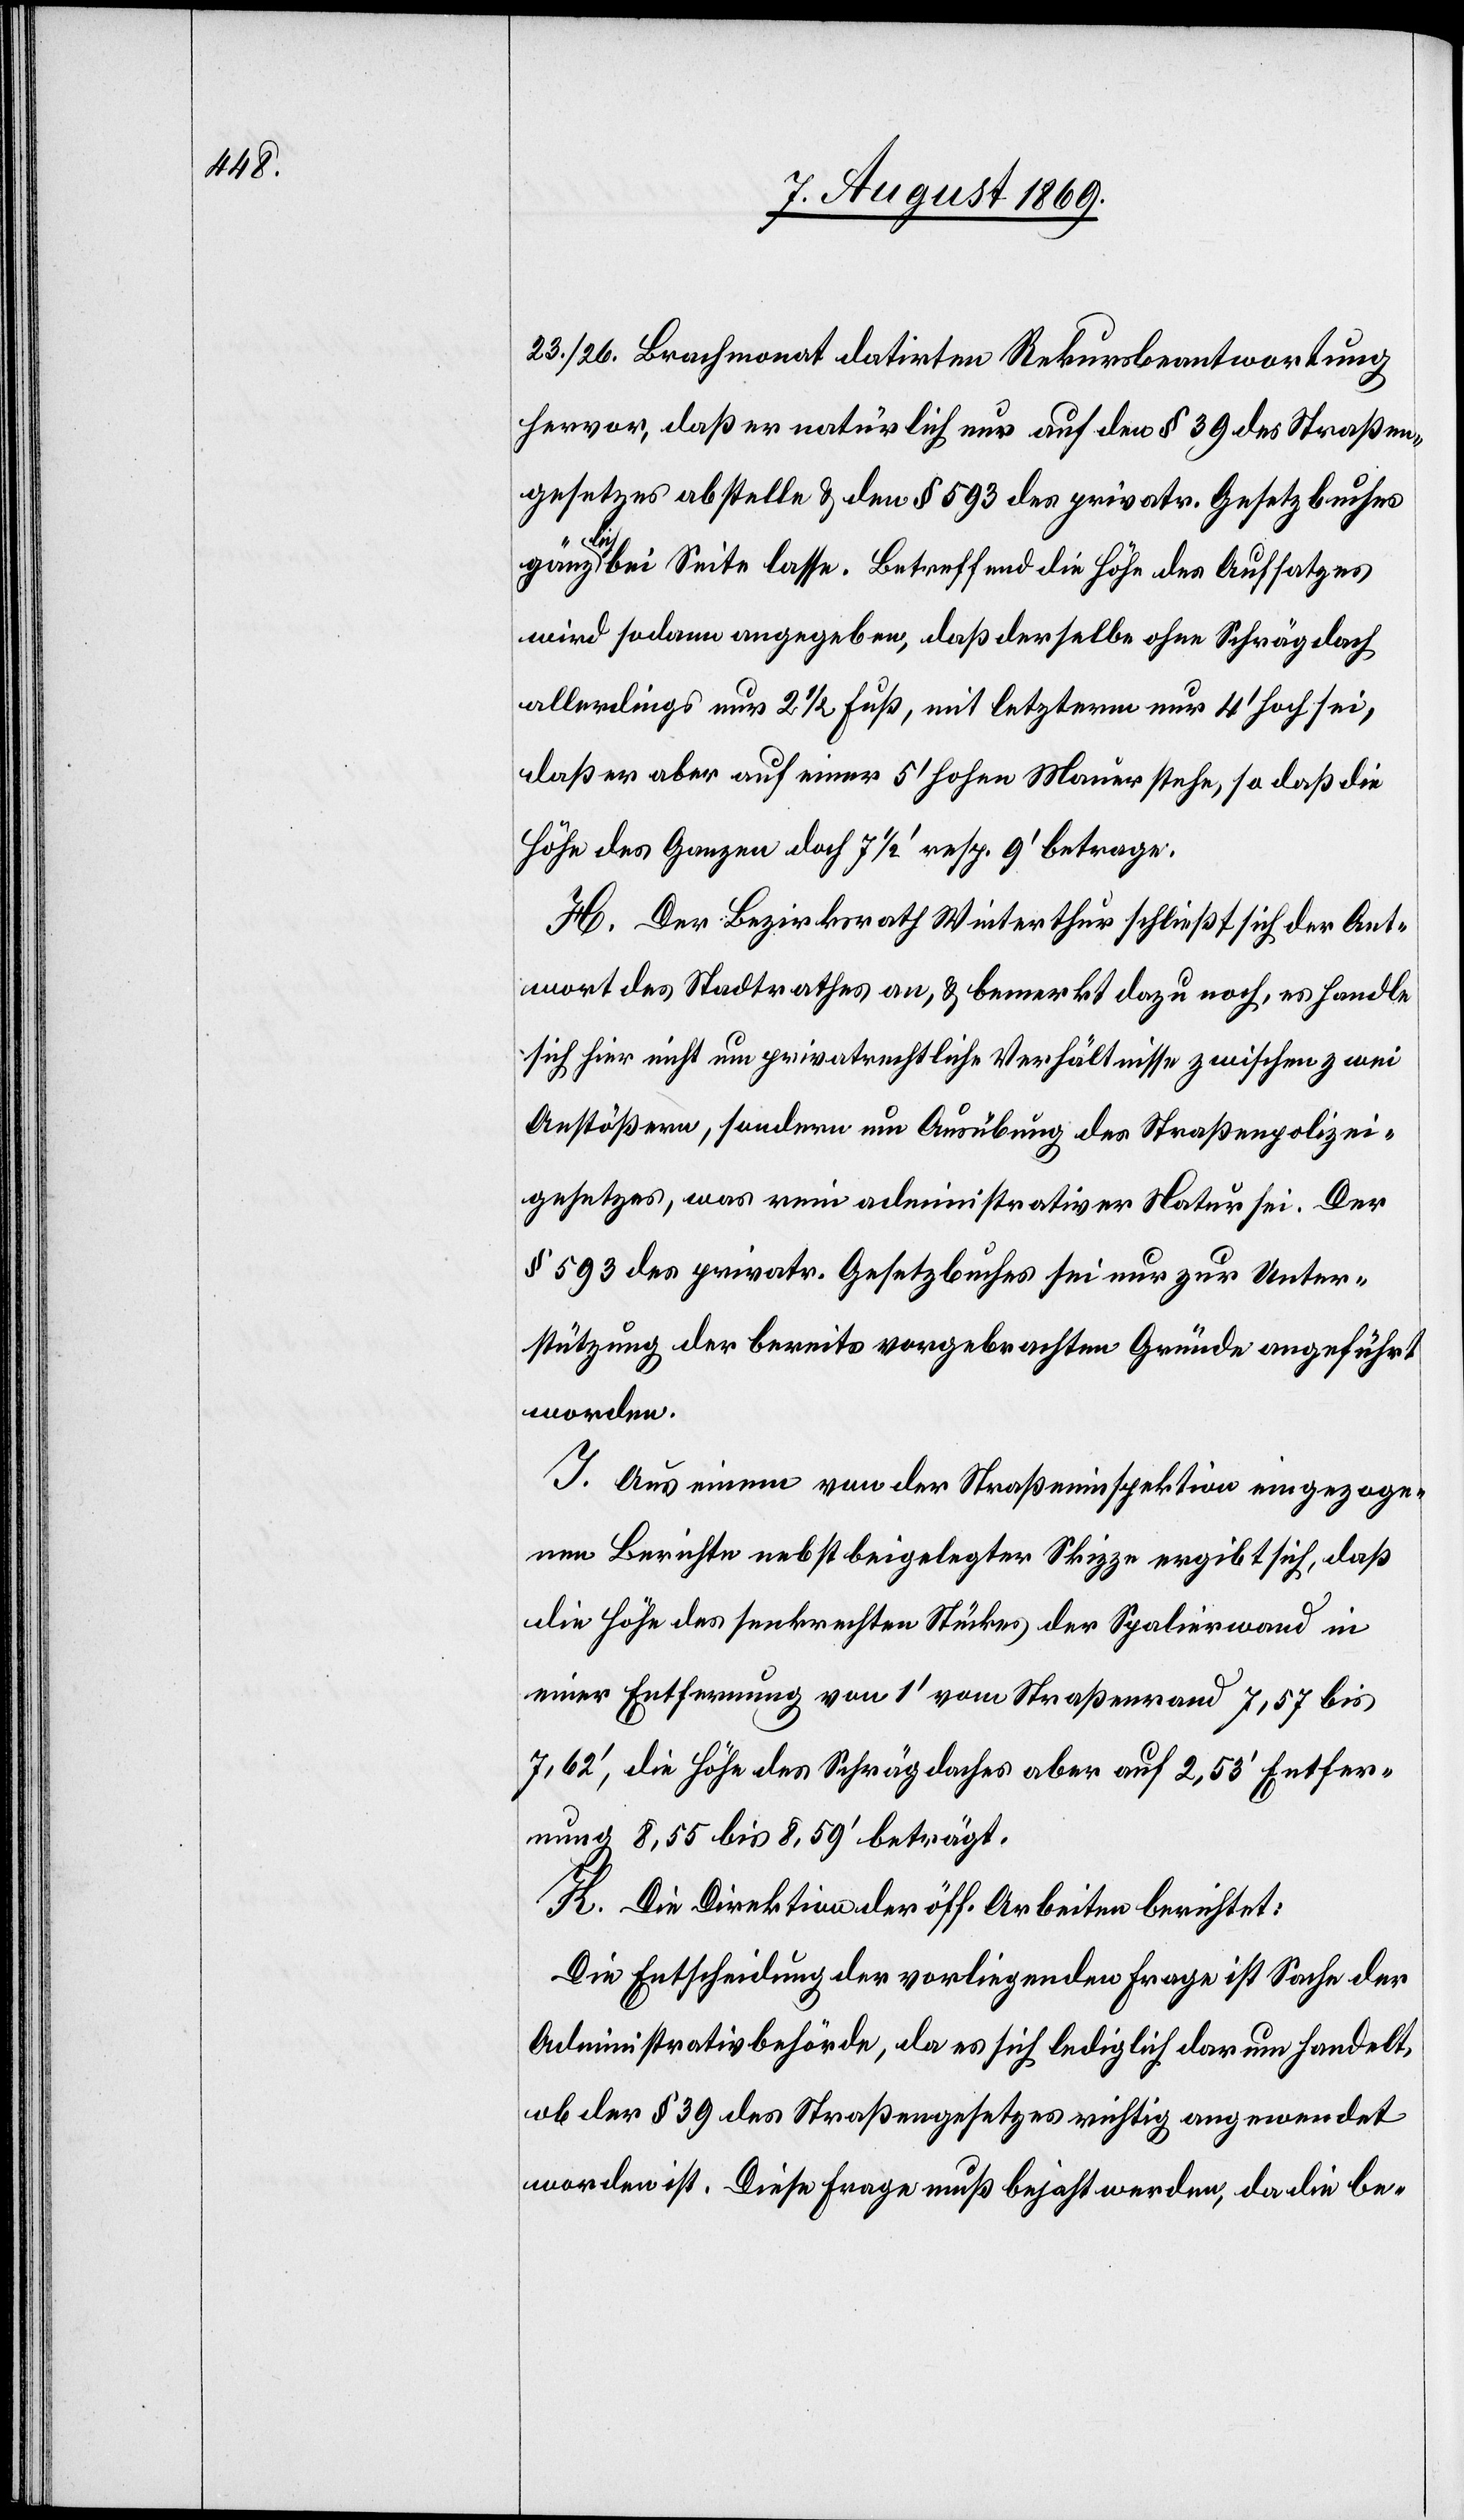
23/26 Brachmonat datirten Rekursbeantwortung
hervor, daß er natürlich nur auf den § 39 des Straßen¬
gesetzes abstelle & den § 593 des privatr. Gesetzbuches
gän¬
zlich bei Seite lasse. Betreffend die Höhe des Aufsatzes
wird sodann angegeben, daß derselbe ohne Schrägdach
allerdings nur 2 1/2 Fuß, mit letzterm nur 4’ hoch sei,
daß er aber auf einer 5’ hohen Mauer stehe, so daß die
Höhe des Ganzen doch 7 1/2’ resp. 9’ betrage.
H. Der Bezirksrath Winterthur schließt sich der Ant¬
wort des Stadtrathes an, & bemerkt dazu noch, es handle
sich hier nicht um privatrechtliche Verhältnisse zwischen zwei
Anstößern, sondern um Ausübung des Straßenpolizei¬
gesetzes, was rein administrativer Natur sei. Der
§ 593 des privatr. Gesetzbuches sei nur zur Unter¬
stützung der bereits vorgebrachten Gründe angeführt
worden.
J. Aus einem von der Straßeninspektion eingezoge¬
nen Berichte nebst beigelegter Skizze ergibt sich, daß
die Höhe des senkrechten Stückes der Spalirwand in
einer Entfernung von 1’ vom Straßenrand 7,57 bis
7,62’, die Höhe des Schrägdaches aber auf 2,53’ Entfer¬
nung 8,55 bis 8,59’ beträgt.
K. Die Direktion der öff. Arbeiten berichtet:
Die Entscheidung der vorliegenden Frage ist Sache der
Administrativbehörde, da es sich lediglich darum handelt,
ob der § 39 des Straßengesetzes richtig angewendet
worden ist. Diese Frage muß bejaht werden, da die be-